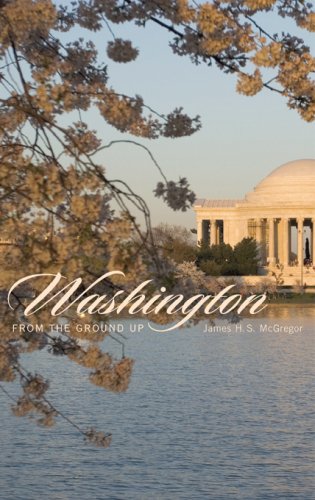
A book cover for Washington from the Ground Up; James H. S. McGregor; Travel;